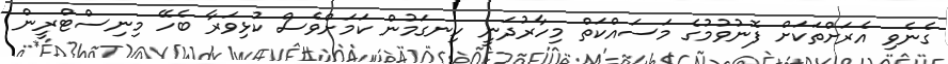
ގެނެވި އެރަށްތަކަށް ފޮނުވުމުގެ މަސައްކަތް މިހާރުދަނީ ހިނގަމުން ކަމަށްވެސް ކުޅިވަރާ ބެހޭ މިނިސްޓްރީން